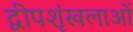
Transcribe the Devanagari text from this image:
द्वीपशृंखलाओं